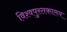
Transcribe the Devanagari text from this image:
विश्वपुस्तकालय